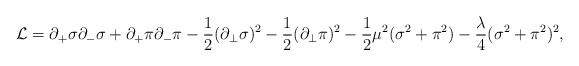
\begin{align*}{\cal L}=\partial_{+}\sigma\partial_{-}\sigma+\partial_{+}\pi\partial_{-}\pi-\frac{1}{2}(\partial_{\bot}\sigma)^2-\frac{1}{2}(\partial_{\bot}\pi)^2-\frac{1}{2}\mu^2(\sigma^2+\pi^2)-\frac{\lambda}{4}(\sigma^2+\pi^2)^2,\end{align*}